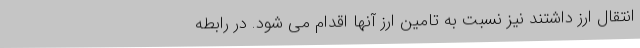
انتقال ارز داشتند نیز نسبت به تامین ارز آنها اقدام می شود. در رابطه